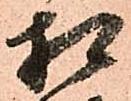
相